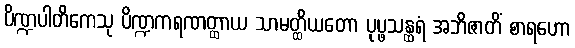
ပိဏ္ဍပါတိကေသု ပိဏ္ဍကရဏတ္ထာယ သာမတ္ထိယတော ပုပ္ဖသန္ထရံ အဘိဇာတိံ စာရဟော